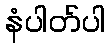
နံပါတ်ပါ